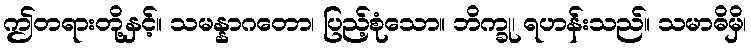
ဤတရားတို့နှင့်။ သမန္နာဂတော၊ ပြည့်စုံသော။ ဘိက္ခု၊ ရဟန်းသည်။ သမာဓိမှိ၊